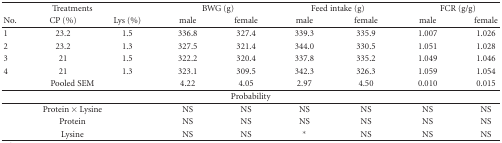
<table><thead><tr><td colspan="3"><b> Treatments</b></td><td colspan="2"><b>BWG (g)</b></td><td colspan="2"><b>Feed intake (g)</b></td><td colspan="2"><b>FCR (g/g)</b></td></tr><tr><td><b>No.</b></td><td><b>CP (%)</b></td><td><b>Lys (%)</b></td><td><b>male</b></td><td><b>female</b></td><td><b>male</b></td><td><b>female</b></td><td><b>male</b></td><td><b>female</b></td></tr></thead><tbody><tr><td>1</td><td>23.2</td><td>1.5</td><td>336.8</td><td>327.4</td><td>339.3</td><td>335.9</td><td>1.007</td><td>1.026</td></tr><tr><td>2</td><td>23.2</td><td>1.3</td><td>327.5</td><td>321.4</td><td>344.0</td><td>330.5</td><td>1.051</td><td>1.028</td></tr><tr><td>3</td><td>21</td><td>1.5</td><td>322.2</td><td>320.4</td><td>337.8</td><td>335.2</td><td>1.049</td><td>1.046</td></tr><tr><td>4</td><td>21</td><td>1.3</td><td>323.1</td><td>309.5</td><td>342.3</td><td>326.3</td><td>1.059</td><td>1.054</td></tr><tr><td colspan="3">Pooled SEM</td><td>4.22</td><td>4.05</td><td>2.97</td><td>4.50</td><td>0.010</td><td>0.015</td></tr><tr><td colspan="9">Probability</td></tr><tr><td colspan="3">Protein × Lysine</td><td>NS</td><td>NS</td><td>NS</td><td>NS</td><td>NS</td><td>NS</td></tr><tr><td colspan="3">Protein</td><td>NS</td><td>NS</td><td>NS</td><td>NS</td><td>NS</td><td>NS</td></tr><tr><td colspan="3">Lysine</td><td>NS</td><td>NS</td><td>*</td><td>NS</td><td>NS</td><td>NS</td></tr></tbody></table>